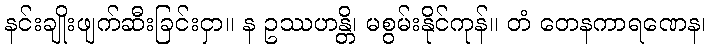
နင်းချိုးဖျက်ဆီးခြင်းငှာ။ န ဥဿဟန္တိ၊ မစွမ်းနိုင်ကုန်။ တံ တေနကာရဏေန၊